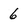
Character: 6